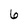
Character: 6